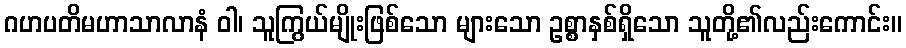
ဂဟပတိမဟာသာလာနံ ဝါ၊ သူကြွယ်မျိုးဖြစ်သော များသော ဥစ္စာနှစ်ရှိသော သူတို့၏လည်းကောင်း။